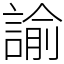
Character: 諭